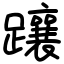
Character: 躟